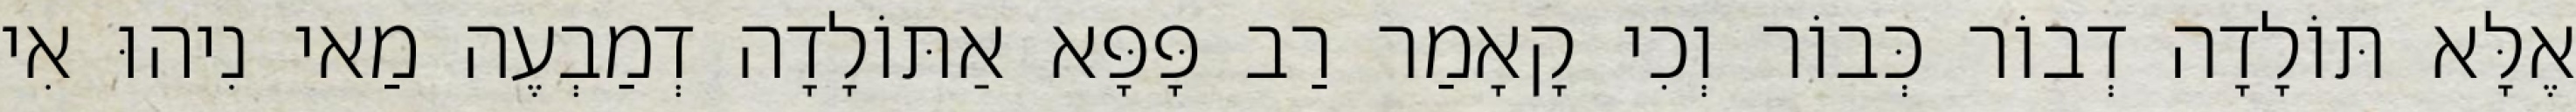
אֶלָּא תּוֹלָדָה דְבוֹר כְּבוֹר וְכִי קָאָמַר רַב פָּפָּא אַתּוֹלָדָה דְמַבְעֶה מַאי נִיהוּ אִי